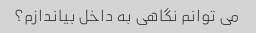
می توانم نگاهی به داخل بیاندازم؟